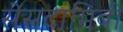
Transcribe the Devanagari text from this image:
सेसटामिबी